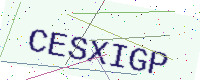
Text: CESXIGP